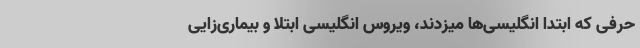
حرفی که ابتدا انگلیسی‌ها میز‌دند، ویروس انگلیسی ابتلا و بیماری‌زایی